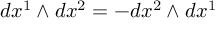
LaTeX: d x ^ { 1 } \wedge d x ^ { 2 } = - d x ^ { 2 } \wedge d x ^ { 1 }